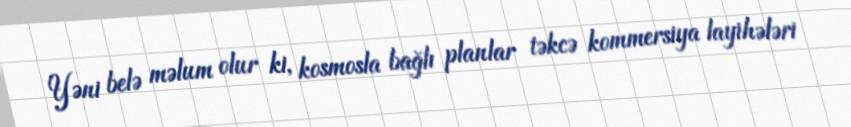
Yəni belə məlum olur ki, kosmosla bağlı planlar təkcə kommersiya layihələri